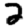
Digit: 2